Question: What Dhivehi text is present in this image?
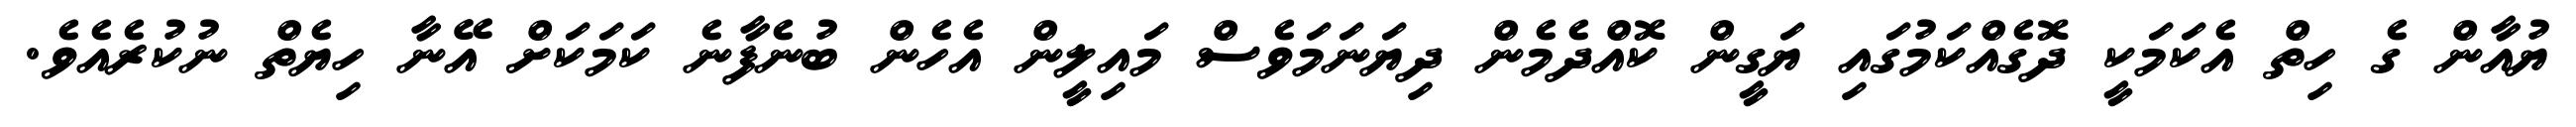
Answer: ޔުއާން ގެ ހިތް އެކަމަކީ ދޮގެއްކަމުގައި ޔަގީން ކޮއްދެމެން ދިޔަނަމަވެސް މައިލީން އެހެން ބުނެފާނެ ކަމަކަށް އޭނާ ހިޔެތް ނުކުރެއެވެ.